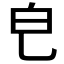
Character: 𤼾